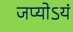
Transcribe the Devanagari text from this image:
जप्योऽयं